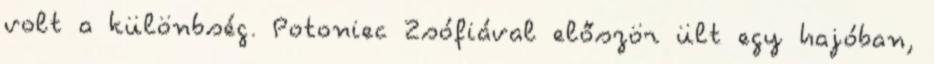
volt a különbség. Potoniec Zsófiával először ült egy hajóban,